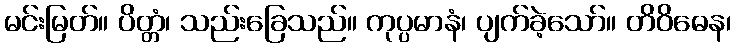
မင်းမြတ်။ ပိတ္တံ၊ သည်းခြေသည်။ ကုပ္ပမာနံ၊ ပျက်ခဲ့သော်။ တိဝိဓေန၊